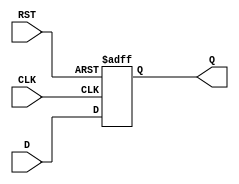
module data_register (
    input wire D,        // Data Input
    input wire CLK,      // Clock Signal
    input wire RST,      // Reset Signal
    output reg Q         // Data Output
);

// Always block for sequential logic
always @(posedge CLK or posedge RST) begin
    if (RST) begin
        Q <= 1'b0;      // Set output Q to 0 when reset is asserted
    end else begin
        Q <= D;         // Update output Q with input D on clock edge
    end
end

endmodule